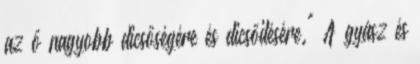
az ő nagyobb dicsőségére és dicsőitésére." A gyász és